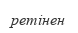
ретінен